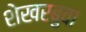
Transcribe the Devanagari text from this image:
शेखरबुवा